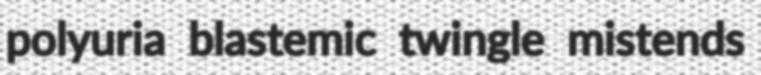
polyuria blastemic twingle mistends